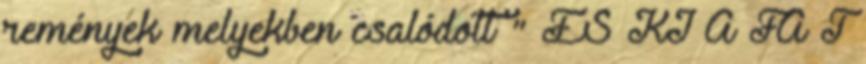
remények melyekben csalódott " ÉS KI A FA T